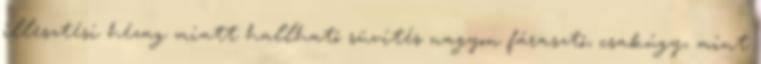
illesztési hézag miatt hallható süvítés nagyon fárasztó, csakúgy, mint